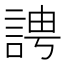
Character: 䛣